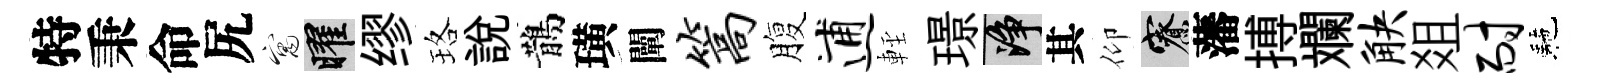
特秉命尻寓曜缪珞說鵲璜闡篙腹逋䡖璟净其仰寮藩搏斕觖爼耐駰